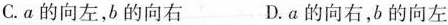
C.a的向左，b的向右 D.a的向右，b的向左